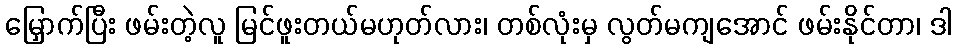
မြှောက်ပြီး ဖမ်းတဲ့လူ မြင်ဖူးတယ်မဟုတ်လား၊ တစ်လုံးမှ လွတ်မကျအောင် ဖမ်းနိုင်တာ၊ ဒါ